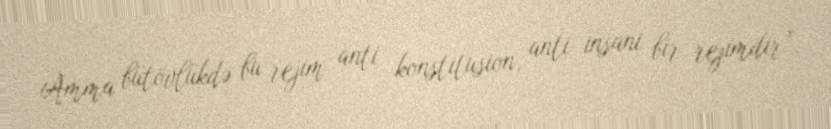
Amma bütövlükdə bu rejim anti konstitusion, anti insani bir rejimdir”.